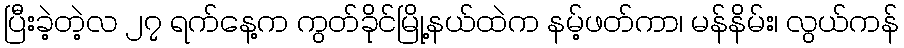
ပြီးခဲ့တဲ့လ ၂၇ ရက်နေ့က ကွတ်ခိုင်မြို့နယ်ထဲက နမ့်ဖတ်ကာ၊ မန်နိမ်း၊ လွယ်ကန်